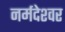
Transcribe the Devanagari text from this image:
नर्मदेश्‍वर